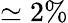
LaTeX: \simeq 2\%